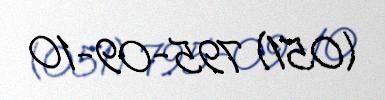
(051) 795-09-10